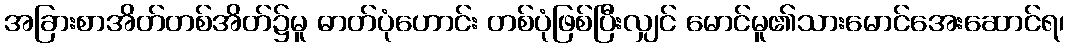
အခြားစာအိတ်တစ်အိတ်၌မူ ဓာတ်ပုံဟောင်း တစ်ပုံဖြစ်ပြီးလျှင် မောင်မူ၏သားမောင်အေးဆောင်ရ၊